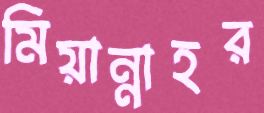
মিয়ান্নাহর